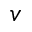
v